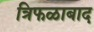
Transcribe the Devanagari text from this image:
त्रिफळाबाद